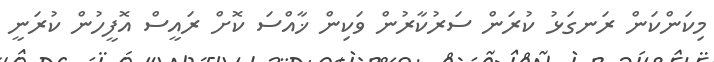
މިކަންކަން ރަނގަޅު ކުރަން ސަރުކާރުން ވަކިން ޚާއްސަ ކޮށް ރައީސް އޮފީހުން ކުރަނީ